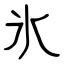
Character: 氷